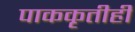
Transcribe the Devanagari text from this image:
पाककृतीही